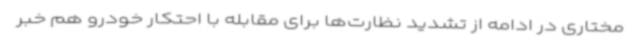
مختاری در ادامه از تشدید نظارت‌ها برای مقابله با احتکار خودرو هم خبر